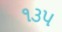
૧૩પ